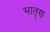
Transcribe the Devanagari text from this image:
भातॄण